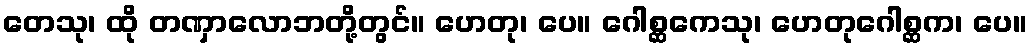
တေသု၊ ထို တဏှာလောဘတို့တွင်။ ဟေတု၊ ပေ။ ဂေါစ္ဆကေသု၊ ဟေတုဂေါစ္ဆက၊ ပေ။